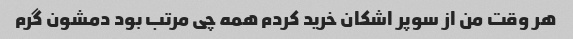
هر وقت من از سوپر اشکان خرید کردم همه چی مرتب بود دمشون گرم